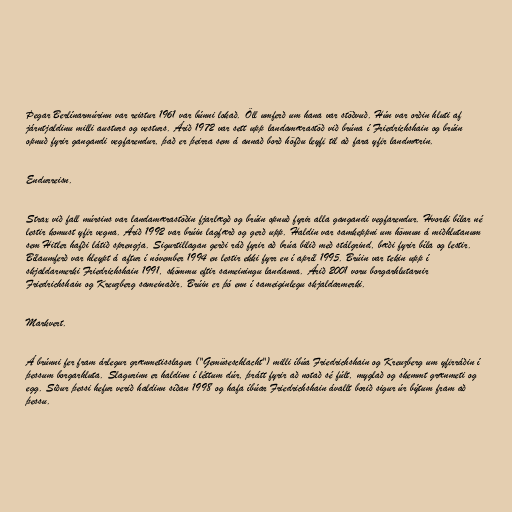
Þegar Berlínarmúrinn var reistur 1961 var búnni lokað. Öll umferð um hana var stöðvuð. Hún var orðin hluti af
járntjaldinu milli austurs og vesturs. Árið 1972 var sett upp landamærastöð við brúna í Friedrichshain og brúin
opnuð fyrir gangandi vegfarendur, það er þeirra sem á annað borð höfðu leyfi til að fara yfir landmærin.

Endurreisn.

Strax við fall múrsins var landamærastöðin fjarlægð og brúin opnuð fyrir alla gangandi vegfarendur. Hvorki bílar né
lestir komust yfir vegna. Árið 1992 var brúin lagfærð og gerð upp. Haldin var samkeppni um hönnun á miðhlutanum
sem Hitler hafði látið sprengja. Sigurtillagan gerði ráð fyrir að brúa bilið með stálgrind, bæði fyrir bíla og lestir.
Bílaumferð var hleypt á aftur í nóvember 1994 en lestir ekki fyrr en í apríl 1995. Brúin var tekin upp í
skjaldarmerki Friedrichshain 1991, skömmu eftir sameiningu landanna. Árið 2001 voru borgarhlutarnir
Friedrichshain og Kreuzberg sameinaðir. Brúin er þó enn í sameiginlegu skjaldarmerki.

Markvert.

Á brúnni fer fram árlegur grænmetisslagur ("Gemüseschlacht") milli íbúa Friedrichshain og Kreuzberg um yfirráðin í
þessum borgarhluta. Slagurinn er haldinn í léttum dúr, þrátt fyrir að notað sé fúlt, myglað og skemmt grænmeti og
egg. Siður þessi hefur verið haldinn síðan 1998 og hafa íbúar Friedrichshain ávallt borið sigur úr býtum fram að
þessu.